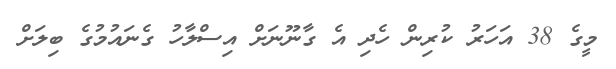
މީގެ 38 އަހަރު ކުރިން ހެދި އެ ގާނޫނަށް އިސްލާހު ގެނައުމުގެ ބިލަށް